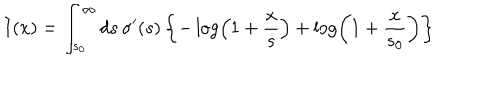
I ( x ) = \int _ { s _ { 0 } } ^ { \infty } d s \, \sigma ^ { \prime } ( s ) \left\{ - \log \left( 1 + { \frac { x } { s } } \right) + \log \left( 1 + { \frac { x } { s _ { 0 } } } \right) \right\}